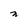
Character: n